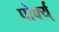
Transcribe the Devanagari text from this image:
पोर्क्य्